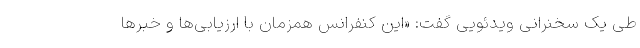
طی یک سخنرانی ویدئویی گفت: «این کنفرانس همزمان با ارزیابی‌ها و خبرها